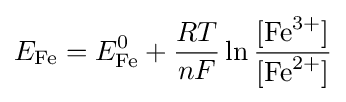
E_{{\ce {Fe}}}=E_{{\ce {Fe}}}^{0}+{\frac {RT}{nF}}\ln {\frac {[{\ce {Fe^3+}}]}{[{\ce {Fe^2+}}]}}